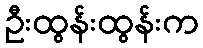
ဦးထွန်းထွန်းက